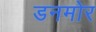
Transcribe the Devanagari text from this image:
डनमोर